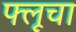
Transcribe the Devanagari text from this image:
फ्लूचा